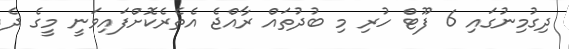
ދިގުމިނުގައި 6 ފޫޓް ހުރި މި ބުދުތައް ރާއްޖެ އެތެރެކޮށްފައިވަނީ މީގެ ދެ